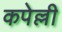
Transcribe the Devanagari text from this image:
कपेल्ली